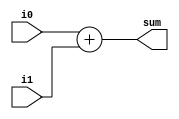
module adder(i0, i1, sum);
input wire [31:0] i0;
input wire [63:0] i1;
output wire [63:0] sum;

assign {sum} = i0 + i1;

endmodule